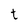
Character: t